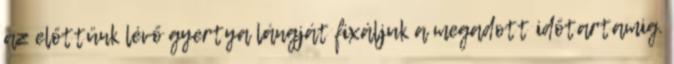
az előttünk lévő gyertya lángját fixáljuk a megadott időtartamig.